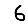
Digit: 6